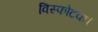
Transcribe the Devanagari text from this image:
विस्फोटक।